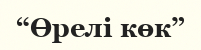
“Өрелі көк”